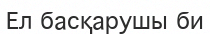
Ел басқарушы би